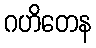
ဂဟိတေန